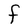
Character: F